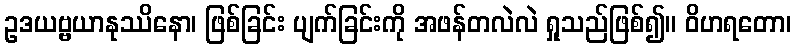
ဥဒယဗ္ဗယာနုဿိနော၊ ဖြစ်ခြင်း ပျက်ခြင်းကို အဖန်တလဲလဲ ရှုသည်ဖြစ်၍။ ဝိဟရတော၊